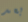
بعد